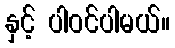
နှင့် ပါဝင်ပါမယ်။